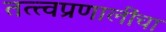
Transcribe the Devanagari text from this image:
तत्त्वप्रणालींचा